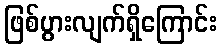
ဖြစ်ပွားလျက်ရှိကြောင်း